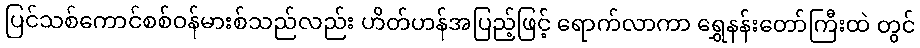
ပြင်သစ်ကောင်စစ်ဝန်မားစ်သည်လည်း ဟိတ်ဟန်အပြည့်ဖြင့် ရောက်လာကာ ရွှေနန်းတော်ကြီးထဲ တွင်